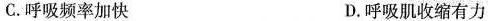
C.呼吸频率加快 D.呼吸肌收缩有力